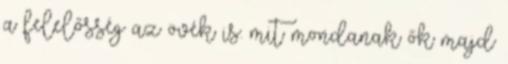
a felelősség az övék is. mit mondanak ők majd